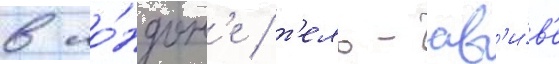
в ло́ндон'е / т'ель-ав'и́в'е